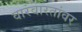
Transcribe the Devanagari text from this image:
वारंवारतांवर